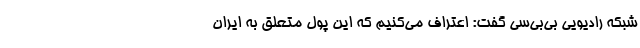
شبکه رادیویی بی‌بی‌سی گفت: اعتراف می‌کنیم که این پول متعلق به ایران